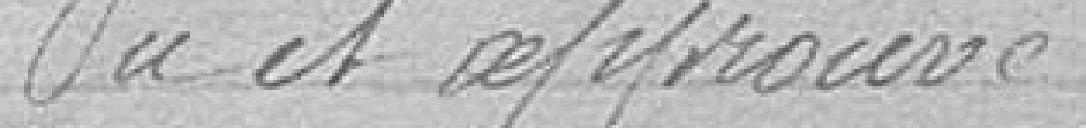
Vu et approuvé